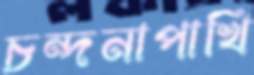
চন্দনাপাখি